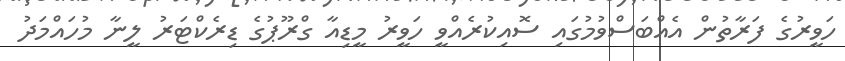
ހަވީރުގެ ފަރާތުން އެއްބަސްވުމުގައި ސޮއިކުރެއްވީ ހަވީރު މީޑިއާ ގްރޫޕުގެ ޑިރެކްޓަރު ލީނާ މުހައްމަދު